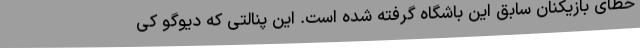
خطای بازیکنان سابق این باشگاه گرفته شده است. این پنالتی که دیوگو کی‌